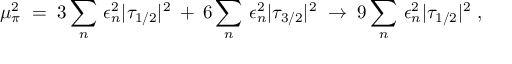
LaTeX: \mu _ { \pi } ^ { 2 } \; = \; 3 \sum _ { n } \, \epsilon _ { n } ^ { 2 } | \tau _ { 1 / 2 } | ^ { 2 } \: + \: 6 \sum _ { n } \, \epsilon _ { n } ^ { 2 } | \tau _ { 3 / 2 } | ^ { 2 } \; \to \; 9 \sum _ { n } \, \epsilon _ { n } ^ { 2 } | \tau _ { 1 / 2 } | ^ { 2 } \; ,